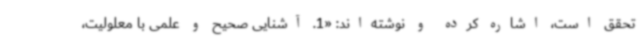
تحقق است، اشاره کرده و نوشته‌اند: «1. آشنایی صحیح و علمی با معلولیت،